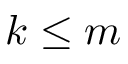
k \leq m